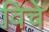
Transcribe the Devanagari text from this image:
विचे